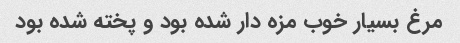
مرغ بسیار خوب مزه دار شده بود و پخته شده بود